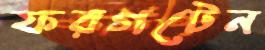
ফরগটেন